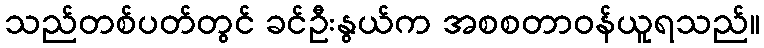
သည်တစ်ပတ်တွင် ခင်ဦးနွယ်က အစစတာဝန်ယူရသည်။